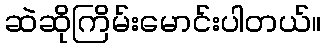
ဆဲဆိုကြိမ်းမောင်းပါတယ်။